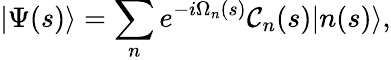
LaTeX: |\Psi(s)\rangle=\sum_{n}e^{-i\Omega_{n}(s)}\mathcal{C}_{n}(s)|n(s)\rangle,